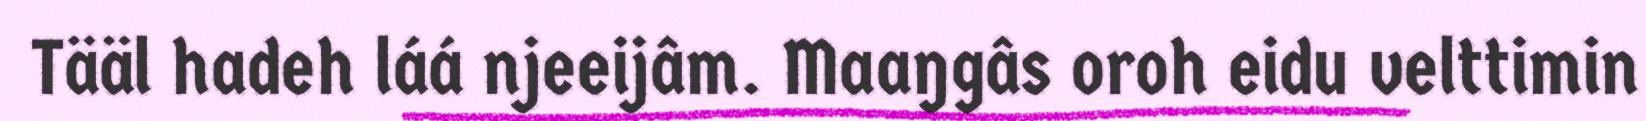
Tääl hadeh láá njeeijâm. Maaŋgâs oroh eidu velttimin